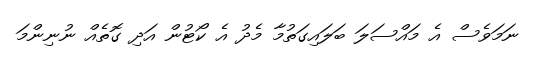
ނަމަވެސް އެ މައްސަލަ ބަލައިގަތުމާ މެދު އެ ކޯޓުން އަދި ގޮތެއް ނުނިންމަ